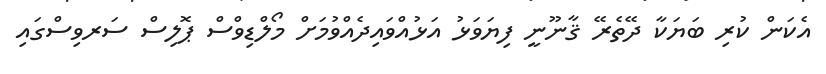
އެކަން ކުރި ބަޔަކާ ދޭތެރޭ ޤާނޫނީ ފިޔަވަޅު އަޅުއްވައިދެއްވުމަށް މޯލްޑިވްސް ޕޮލިސް ސަރވިސްގައި